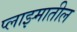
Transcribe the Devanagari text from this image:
प्लाझ्मातील